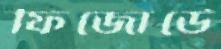
ফিজোর্ডে